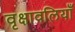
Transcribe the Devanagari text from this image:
वृक्षावलियाँ